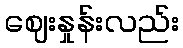
ဈေးနှုန်းလည်း